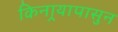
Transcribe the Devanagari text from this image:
किनार्‍यापासुन